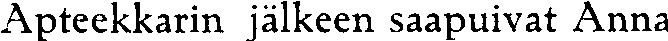
Apteekkarin jälkeen saapuivat Anna